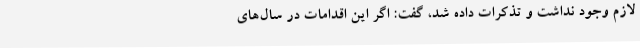
لازم وجود نداشت و تذکرات داده شد، گفت: اگر این اقدامات در سال‌های